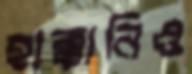
হাক্কানিও